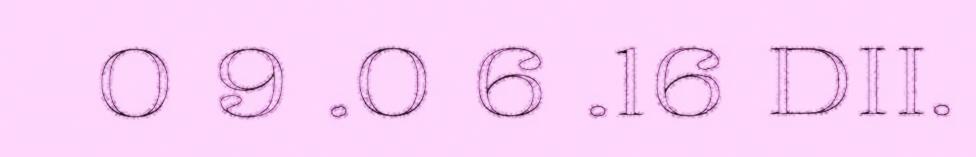
0 9 .0 6 .16 DII.